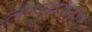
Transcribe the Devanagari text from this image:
तापमानस